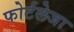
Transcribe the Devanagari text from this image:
फोर्टलेजा